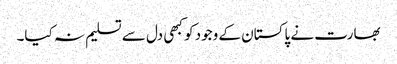
بھارت نے پاکستان کے وجود کو کبھی دل سے تسلیم نہ کیا۔